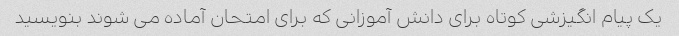
یک پیام انگیزشی کوتاه برای دانش آموزانی که برای امتحان آماده می شوند بنویسید